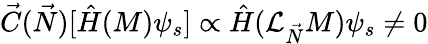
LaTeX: {\vec{C}}({\vec{N}})[{\hat{H}}(M)\psi_{s}]\propto{\hat{H}}({\mathcal{L}}_{\vec{N}}M)\psi_{s}\not=0